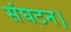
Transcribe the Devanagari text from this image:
संघटन।